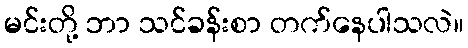
မင်းတို့ ဘာ သင်ခန်းစာ တက်နေပါသလဲ။